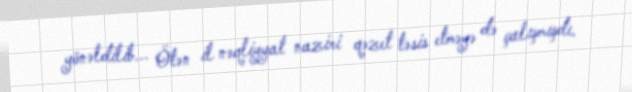
yönəldilib... Ötən il nəqliyyat naziri qəzet təsis etməyə də çalışmışdı.